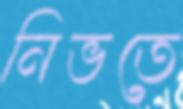
নিভতে